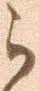
ら